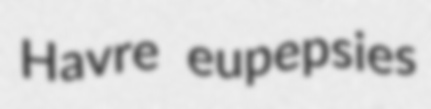
Havre eupepsies